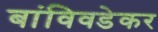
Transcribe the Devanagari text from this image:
बांविवडेकर